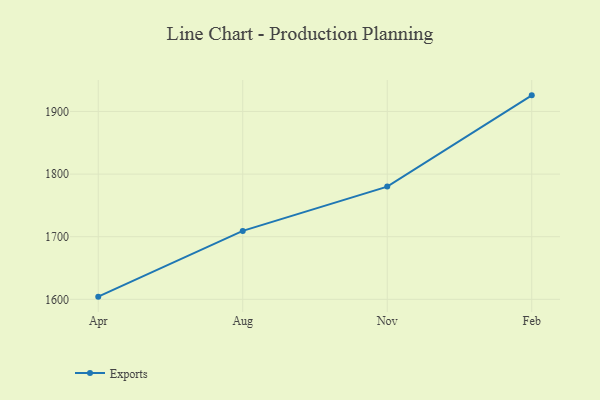
{"axis": {"x": "Month", "y": "Backlog"}, "legend": ["Exports"], "data": [{"x": "Apr", "y": 1604.3, "type": "Exports"}, {"x": "Aug", "y": 1709.3, "type": "Exports"}, {"x": "Nov", "y": 1780.0, "type": "Exports"}, {"x": "Feb", "y": 1925.7, "type": "Exports"}]}